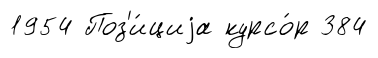
1954 Поз'и́циjа курсо́р 384